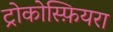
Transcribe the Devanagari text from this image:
ट्रोकोस्फ़ियरा